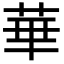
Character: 華